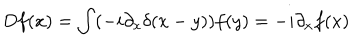
D f ( x ) = \int ( - i \partial _ { x } \delta ( x - y ) ) f ( y ) = - i \partial _ { x } f ( x )